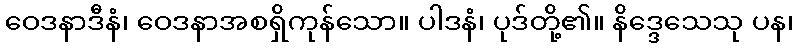
ဝေဒနာဒီနံ၊ ဝေဒနာအစရှိကုန်သော။ ပါဒနံ၊ ပုဒ်တို့၏။ နိဒ္ဒေသေသု ပန၊